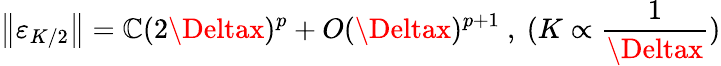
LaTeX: \left\| \varepsilon_{K/2}\right\| =\mathbb{C}(2\Deltax)^{p}+O(\Deltax)^{p+1}\mathrm{{~,~}}(K\propto\frac{{1}}{{\Deltax}})